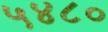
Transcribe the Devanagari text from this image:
५४८०